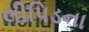
લીપિડના